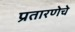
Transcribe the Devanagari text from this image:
प्रतारणेचे